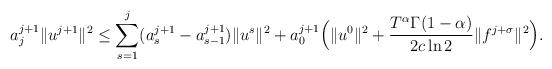
LaTeX: \begin{align*}a^{j + 1}_j \|u^{j+1}\|^2 \leq \sum^{j}_{s = 1}(a^{j + 1}_s - a^{j + 1}_{s-1})\|u^s\|^2+ a^{j + 1}_0 \Big(\|u^0 \|^2 + \frac{T^{\alpha}\Gamma(1 - \alpha)}{2c\ln 2}\|f^{j + \sigma}\|^2 \Big).\end{align*}